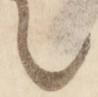
々